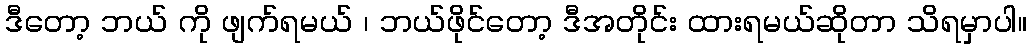
ဒီတော့ ဘယ် ကို ဖျက်ရမယ် ၊ ဘယ်ဖိုင်တော့ ဒီအတိုင်း ထားရမယ်ဆိုတာ သိရမှာပါ။